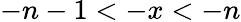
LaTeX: -n-1<-x<-n